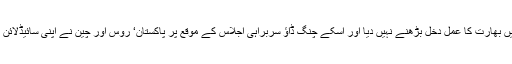
تاہم یہ خوش آئند صورتحال ہے کہ چین اور روس نے شنگھائی تعاون تنظیم میں بھارت کا عمل دخل بڑھنے نہیں دیا اور اسکے چنگ ڈاﺅ سربراہی اجلاس کے موقع پر پاکستان‘ روس اور چین نے اپنی سائیڈلائن میٹنگ میں باہمی تعاون کے حوالے سے اپنا ایک غیرسرکاری بلاک بنالیا ہے۔